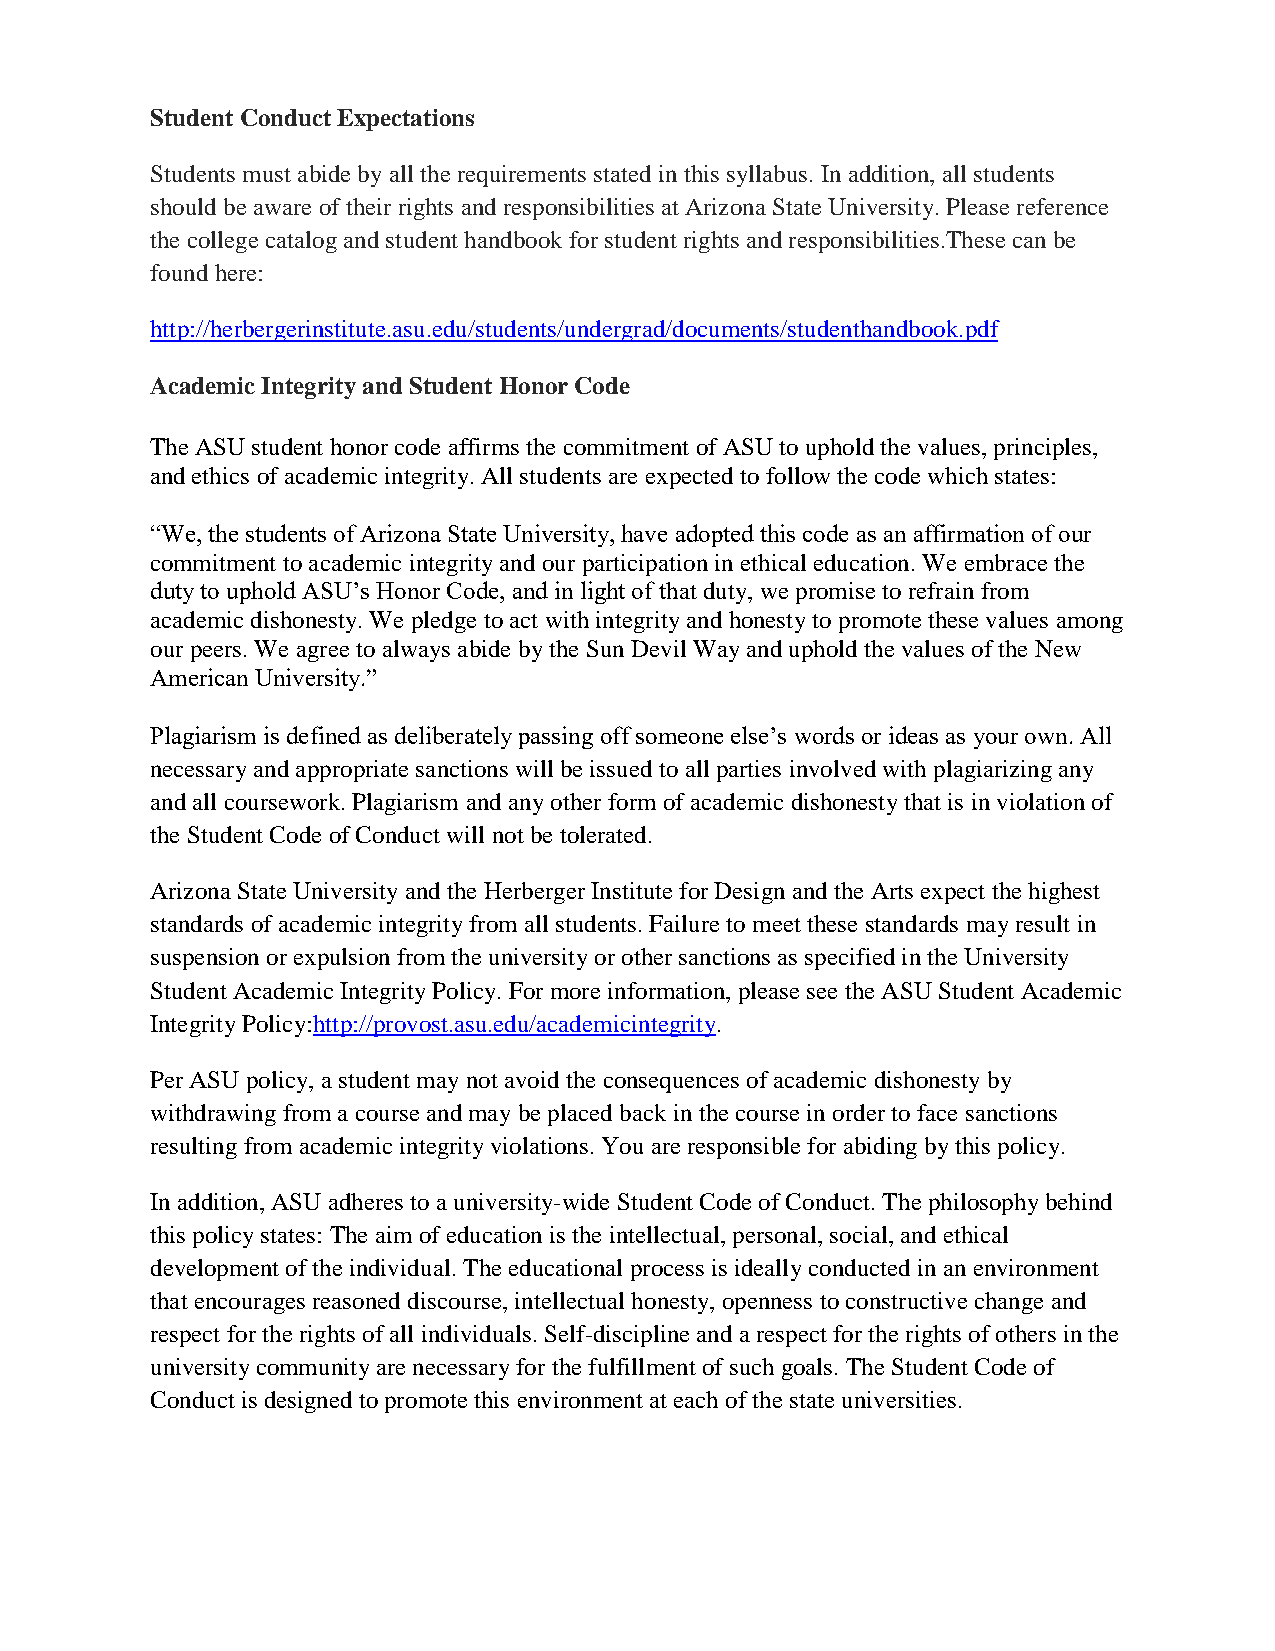
Student Conduct Expectations
 Students must abide by all the requirements stated in this syllabus. In addition, all students
 should be aware of their rights and responsibilities at Arizona State University. Please reference
 the college catalog and student handbook for student rights and responsibilities.These can be
 found here:
 http://herbergerinstitute.asu.edu/students/undergrad/documents/studenthandbook.pdf
 Academic Integrity and Student Honor Code
 The ASU student honor code affirms the commitment of ASU to uphold the values, principles,
 and ethics of academic integrity. All students are expected to follow the code which states:
 ―We, the students of Arizona State University, have adopted this code as an affirmation of our
 commitment to academic integrity and our participation in ethical education. We embrace the
 duty to uphold ASU’s Honor Code, and in light of that duty, we promise to refrain from
 academic dishonesty. We pledge to act with integrity and honesty to promote these values among
 our peers. We agree to always abide by the Sun Devil Way and uphold the values of the New
 American University.‖
 Plagiarism is defined as deliberately passing off someone else’s words or ideas as your own. All
 necessary and appropriate sanctions will be issued to all parties involved with plagiarizing any
 and all coursework. Plagiarism and any other form of academic dishonesty that is in violation of
 the Student Code of Conduct will not be tolerated.
 Arizona State University and the Herberger Institute for Design and the Arts expect the highest
 standards of academic integrity from all students. Failure to meet these standards may result in
 suspension or expulsion from the university or other sanctions as specified in the University
 Student Academic Integrity Policy. For more information, please see the ASU Student Academic
 Integrity Policy:http://provost.asu.edu/academicintegrity.
 Per ASU policy, a student may not avoid the consequences of academic dishonesty by
 withdrawing from a course and may be placed back in the course in order to face sanctions
 resulting from academic integrity violations. You are responsible for abiding by this policy.
 In addition, ASU adheres to a university-wide Student Code of Conduct. The philosophy behind
 this policy states: The aim of education is the intellectual, personal, social, and ethical
 development of the individual. The educational process is ideally conducted in an environment
 that encourages reasoned discourse, intellectual honesty, openness to constructive change and
 respect for the rights of all individuals. Self-discipline and a respect for the rights of others in the
 university community are necessary for the fulfillment of such goals. The Student Code of
 Conduct is designed to promote this environment at each of the state universities.